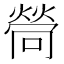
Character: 𤍔